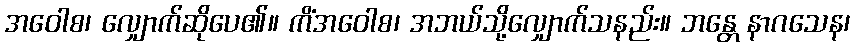
အဝေါစ၊ လျှောက်ဆိုပေ၏။ ကိံအဝေါစ၊ အဘယ်သို့လျှောက်သနည်း။ ဘန္တေ နာဂသေန၊